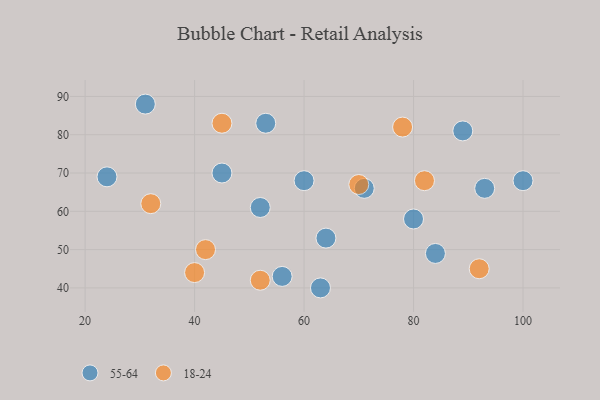
{"axis": {"x": "GDP", "y": "Life Expectancy"}, "legend": ["18-24", "55-64"], "data": [{"x": "80", "y": 58, "type": "55-64"}, {"x": "89", "y": 81, "type": "55-64"}, {"x": "100", "y": 68, "type": "55-64"}, {"x": "71", "y": 66, "type": "55-64"}, {"x": "63", "y": 40, "type": "55-64"}, {"x": "53", "y": 83, "type": "55-64"}, {"x": "60", "y": 68, "type": "55-64"}, {"x": "84", "y": 49, "type": "55-64"}, {"x": "45", "y": 70, "type": "55-64"}, {"x": "52", "y": 61, "type": "55-64"}, {"x": "31", "y": 88, "type": "55-64"}, {"x": "64", "y": 53, "type": "55-64"}, {"x": "93", "y": 66, "type": "55-64"}, {"x": "24", "y": 69, "type": "55-64"}, {"x": "56", "y": 43, "type": "55-64"}, {"x": "45", "y": 83, "type": "18-24"}, {"x": "32", "y": 62, "type": "18-24"}, {"x": "70", "y": 67, "type": "18-24"}, {"x": "92", "y": 45, "type": "18-24"}, {"x": "52", "y": 42, "type": "18-24"}, {"x": "82", "y": 68, "type": "18-24"}, {"x": "42", "y": 50, "type": "18-24"}, {"x": "78", "y": 82, "type": "18-24"}, {"x": "40", "y": 44, "type": "18-24"}]}